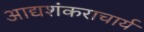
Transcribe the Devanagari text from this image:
आद्यशंकराचार्य